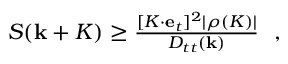
\begin{array} { r } { S ( { \bf k } + { \cal K } ) \ge \frac { [ { \cal K } \cdot { \bf e } _ { t } ] ^ { 2 } | \rho ( { \cal K } ) | } { D _ { t t } ( { \bf k } ) } ~ ~ , } \end{array}